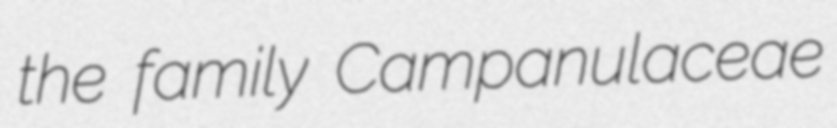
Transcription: the family Campanulaceae